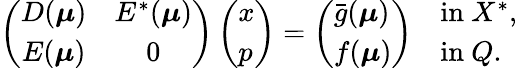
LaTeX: \left(\begin{array}{cc}{D(\boldsymbol{\mu})}&{E^{*}(\boldsymbol{\mu})}\\ {E(\boldsymbol{\mu})}&{0}\end{array}\right)\left(\begin{array}{l}{x}\\ {p}\end{array}\right)=\left(\begin{array}{l}{\bar{g}(\boldsymbol{\mu})}\\ {f(\boldsymbol{\mu})}\end{array}\right)\begin{array}{ll}&{\mathrm{in~}X^{*},}\\ &{\mathrm{in~}Q.}\end{array}